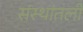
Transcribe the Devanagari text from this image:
संस्थांतली